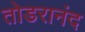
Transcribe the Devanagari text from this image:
तोडरानंद